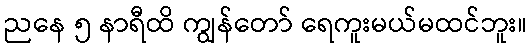
ညနေ ၅ နာရီထိ ကျွန်တော် ရေကူးမယ်မထင်ဘူး။